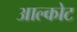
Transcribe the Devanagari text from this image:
आल्कोट